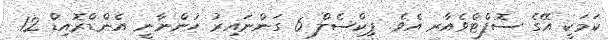
ކަމަކީ އޭގެ ސޮފްޓްވެއާރ އެވެ. ޕިކްސެލް 6 ގަންނައިރު ހުންނާނީ އެންޑްރޮއިޑް 12